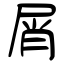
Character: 屑